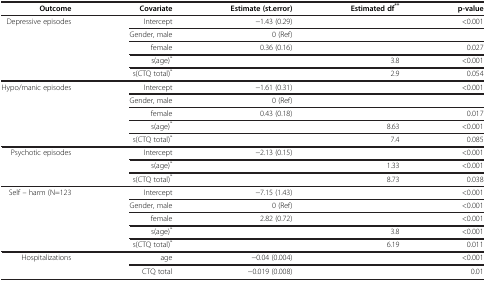
<table><thead><tr><td><b>Outcome</b></td><td><b>Covariate</b></td><td><b>Estimate (st.error)</b></td><td><b>Estimated df<sup>**</sup></b></td><td><b>p-value</b></td></tr></thead><tbody><tr><td rowspan="5">Depressive episodes</td><td>Intercept</td><td>−1.43 (0.29)</td><td> </td><td>&lt;0.001</td></tr><tr><td>Gender, male</td><td>0 (Ref)</td><td> </td><td> </td></tr><tr><td>female</td><td>0.36 (0.16)</td><td> </td><td>0.027</td></tr><tr><td>s(age)<sup>*</sup></td><td> </td><td>3.8</td><td>&lt;0.001</td></tr><tr><td>s(CTQ total)<sup>*</sup></td><td> </td><td>2.9</td><td>0.054</td></tr><tr><td rowspan="5">Hypo/manic episodes</td><td>Intercept</td><td>−1.61 (0.31)</td><td> </td><td>&lt;0.001</td></tr><tr><td>Gender, male</td><td>0 (Ref)</td><td> </td><td> </td></tr><tr><td>female</td><td>0.43 (0.18)</td><td> </td><td>0.017</td></tr><tr><td>s(age)<sup>*</sup></td><td> </td><td>8.63</td><td>&lt;0.001</td></tr><tr><td>s(CTQ total)<sup>*</sup></td><td> </td><td>7.4</td><td>0.085</td></tr><tr><td rowspan="3">Psychotic episodes</td><td>Intercept</td><td>−2.13 (0.15)</td><td> </td><td>&lt;0.001</td></tr><tr><td>s(age)<sup>*</sup></td><td> </td><td>1.33</td><td>&lt;0.001</td></tr><tr><td>s(CTQ total)<sup>*</sup></td><td> </td><td>8.73</td><td>0.038</td></tr><tr><td rowspan="5">Self – harm (N=123</td><td>Intercept</td><td>−7.15 (1.43)</td><td> </td><td>&lt;0.001</td></tr><tr><td>Gender, male</td><td>0 (Ref)</td><td> </td><td>&lt;0.001</td></tr><tr><td>female</td><td>2.82 (0.72)</td><td> </td><td>&lt;0.001</td></tr><tr><td>s(age)<sup>*</sup></td><td> </td><td>3.8</td><td>&lt;0.001</td></tr><tr><td>s(CTQ total)<sup>*</sup></td><td> </td><td>6.19</td><td>0.011</td></tr><tr><td rowspan="2">Hospitalizations</td><td>age</td><td>−0.04 (0.004)</td><td> </td><td>&lt;0.001</td></tr><tr><td>CTQ total</td><td>−0.019 (0.008)</td><td> </td><td>0.01</td></tr></tbody></table>